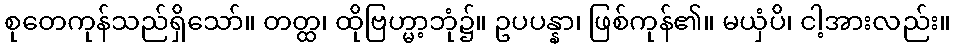
စုတေကုန်သည်ရှိသော်။ တတ္ထ၊ ထိုဗြဟ္မာ့ဘုံ၌။ ဥပပန္နာ၊ ဖြစ်ကုန်၏။ မယှံပိ၊ ငါ့အားလည်း။